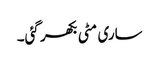
ساری مٹی بکھر گئی۔